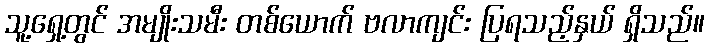
သူ့ရှေ့တွင် အမျိုးသမီး တစ်ယောက် ဗလာကျင်း ပြရသည့်နှယ် ရှိသည်။